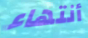
أنتهاء